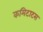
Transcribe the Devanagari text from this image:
कमिटाटस